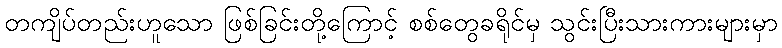
တကျိပ်တည်းဟူသော ဖြစ်ခြင်းတို့ကြောင့် စစ်တွေခရိုင်မှ သွင်းပြီးသားကားများမှာ